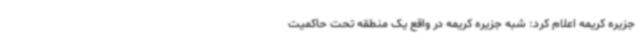
جزیره کریمه اعلام کرد: شبه‌ جزیره کریمه در واقع یک منطقه تحت حاکمیت